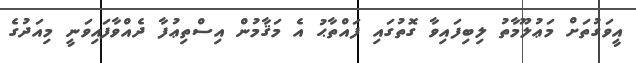
އީވަގުތަށް މަޢުލޫމާތު ލިބިފައިވާ ގޮތުގައި ފައްތާޙު އެ މަޤާމުން އިސްތިޢުފާ ދެއްވާފައިވަނީ މިއަދުގެ